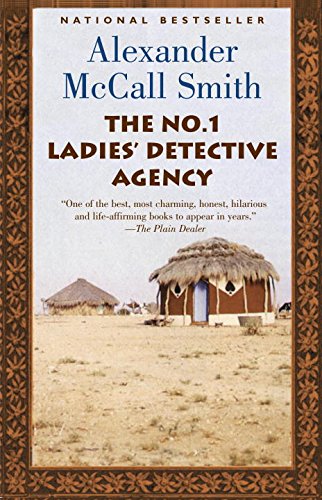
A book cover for The No. 1 Ladies' Detective Agency (Book 1); Alexander McCall Smith; Mystery, Thriller & Suspense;